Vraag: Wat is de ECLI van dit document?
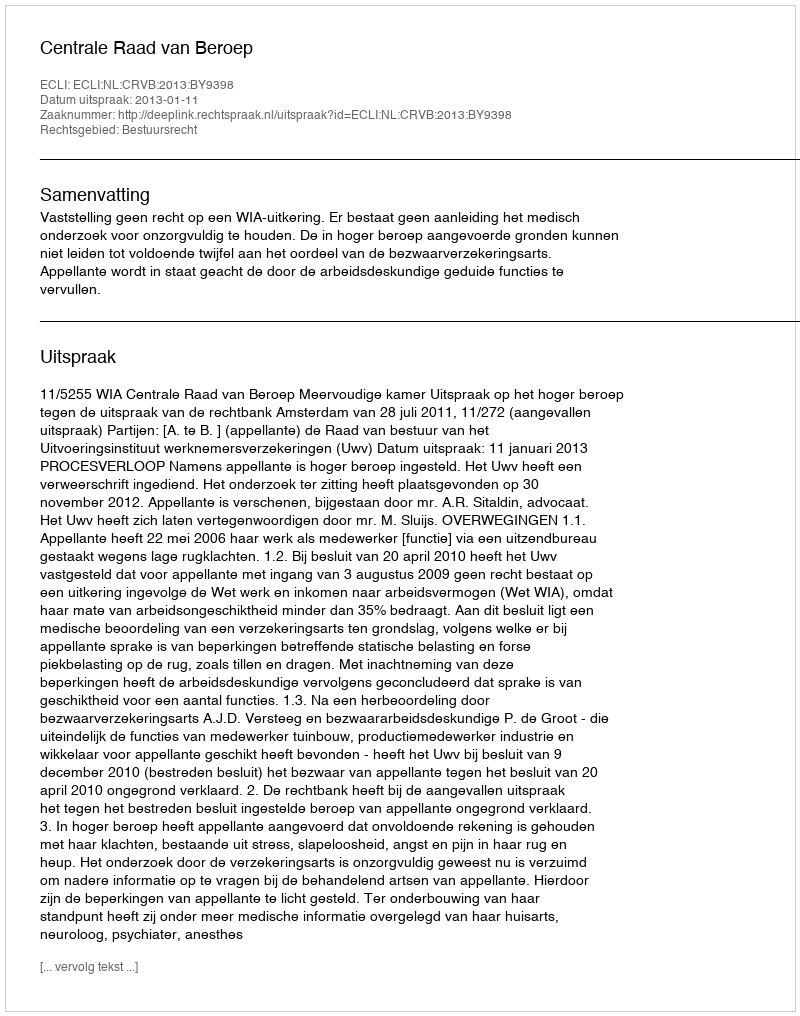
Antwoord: ECLI:NL:CRVB:2013:BY9398